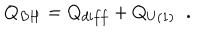
LaTeX: Q _ { B H } = Q _ { d i f f } + Q _ { U ( 1 ) } \; \; .